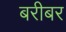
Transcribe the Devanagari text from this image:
बरीबर